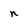
Character: n